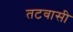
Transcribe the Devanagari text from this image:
तटवासी